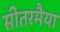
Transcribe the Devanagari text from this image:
सीतरमैया